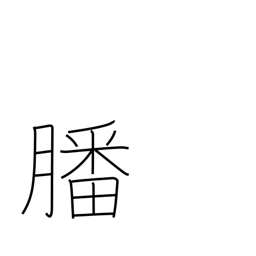
Meaning: offerings to gods